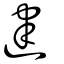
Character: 建